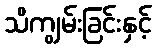
သိကျွမ်းခြင်းနှင့်